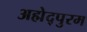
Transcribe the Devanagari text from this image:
अह्मेद्पुरम